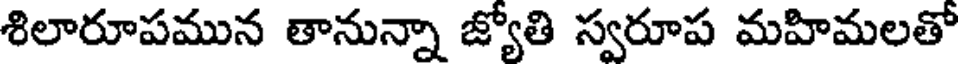
శిలారూపమున తానున్నా జ్యోతి స్వరూప మహిమలతో